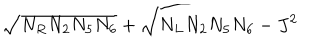
\sqrt { N _ { R } N _ { 2 } N _ { 5 } N _ { 6 } } + \sqrt { N _ { L } N _ { 2 } N _ { 5 } N _ { 6 } - J ^ { 2 } }